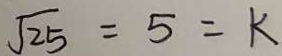
\sqrt { 2 5 } = 5 = k